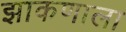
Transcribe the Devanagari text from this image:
झाकणाला